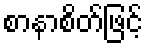
စာနာစိတ်ဖြင့်